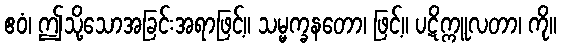
ဧဝံ၊ ဤသို့သောအခြင်းအရာဖြင့်။ သမ္မက္ခနတော၊ ဖြင့်။ ပဋိက္ကူလတာ၊ ကို။